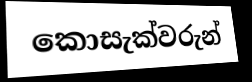
කොසැක්වරුන්